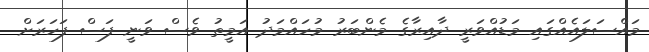
މައްސަލައެއްގައި މަޑުއްވަރީ ދާއިރާގެ މެންބަރު މުހައްމަދު އަމީތު ވެސް ވަނީ ފަސް ފަހަރަށް